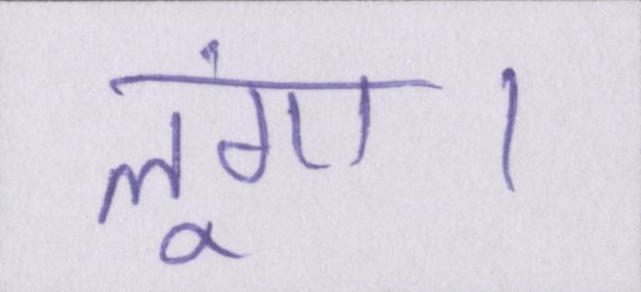
लूंगा।